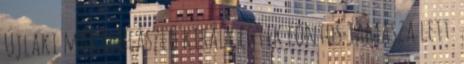
Újlaki már I. Ulászló király egyik fontos támasza lett.